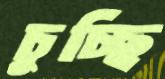
চুচ্ছি